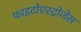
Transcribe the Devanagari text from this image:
फाइटोएस्ट्रोजेंस